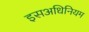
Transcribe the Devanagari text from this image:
इसअधिनियम